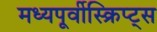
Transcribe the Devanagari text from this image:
मध्यपूर्वीस्क्रिप्ट्स